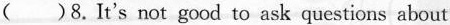
( )8.It's not good to ask questions about